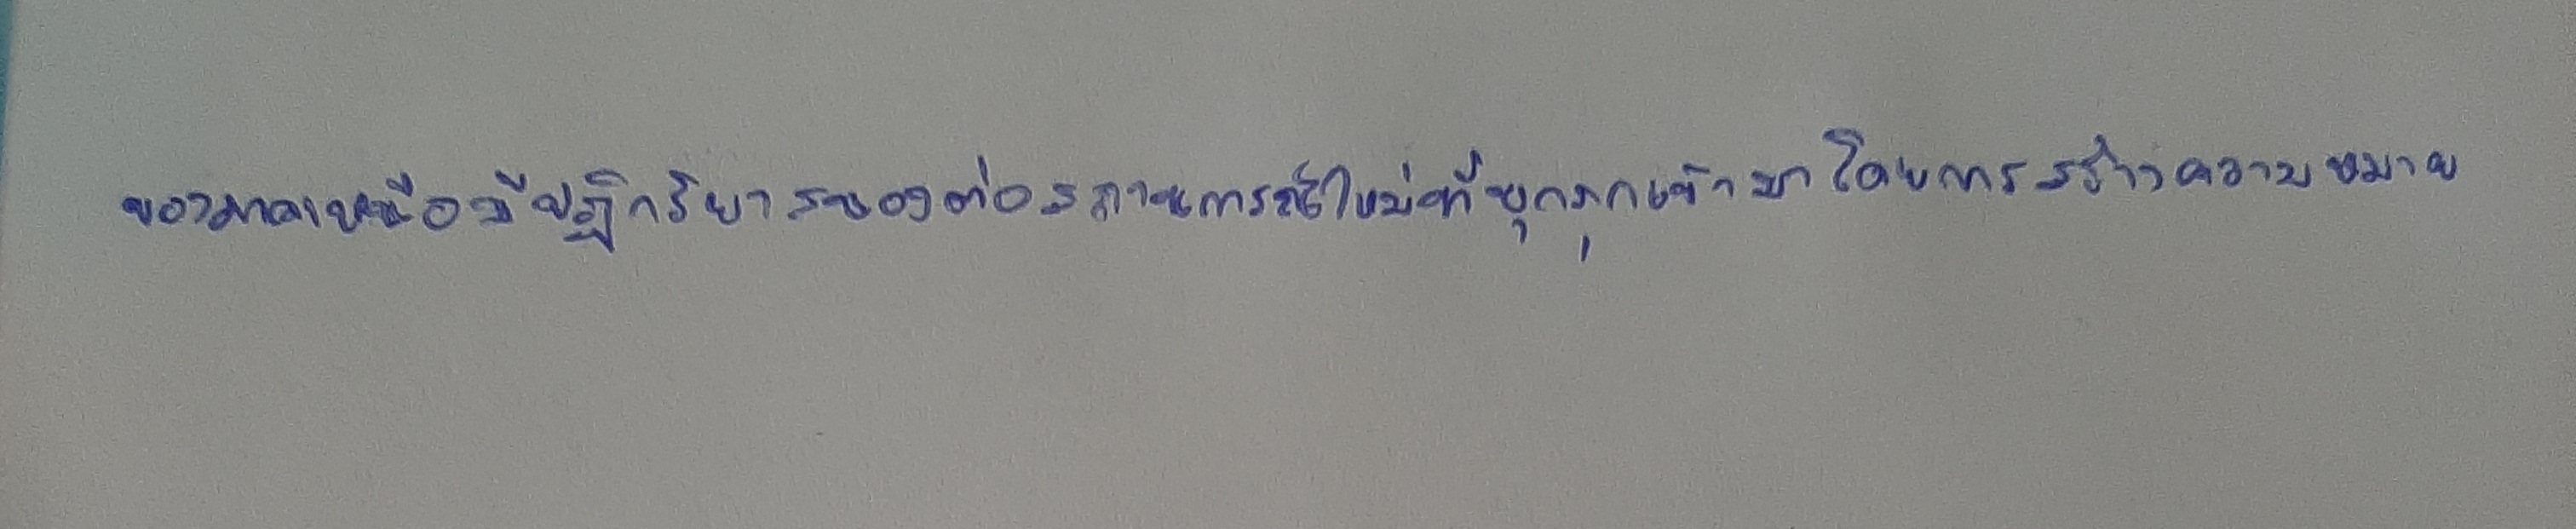
ของภาคเหนือมีปฏิกริยาสนองต่อสถานการณ์ใหม่ที่บุกรุกเข้ามาโดยการสร้างความหมาย